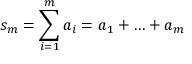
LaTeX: s _ { m } = \sum _ { i = 1 } ^ { m } a _ { i } = a _ { 1 } + \ldots + a _ { m }